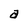
Character: a